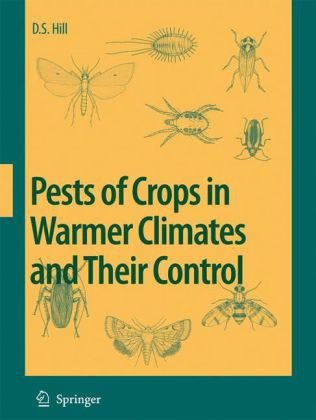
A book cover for Pests of Crops in Warmer Climates and Their Control; Dennis S. Hill; Science & Math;